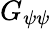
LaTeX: G_{\psi\psi}